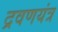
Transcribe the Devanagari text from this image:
द्रवणयंत्र